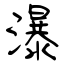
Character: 瀑